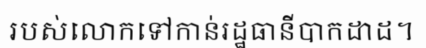
របស់លោកទៅកាន់រដ្ឋធានីបាកដាដ។